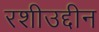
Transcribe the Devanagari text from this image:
रशीउद्दीन